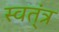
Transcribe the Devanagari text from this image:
स्वत्ंत्र